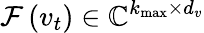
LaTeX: \mathcal{F}\left(v_{t}\right)\in\mathbb{C}^{k_{\operatorname*{max}}\times d_{v}}